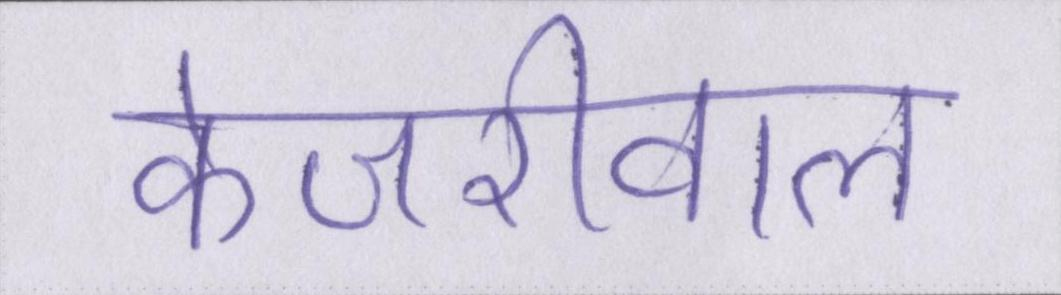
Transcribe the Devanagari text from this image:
केजरीवाल